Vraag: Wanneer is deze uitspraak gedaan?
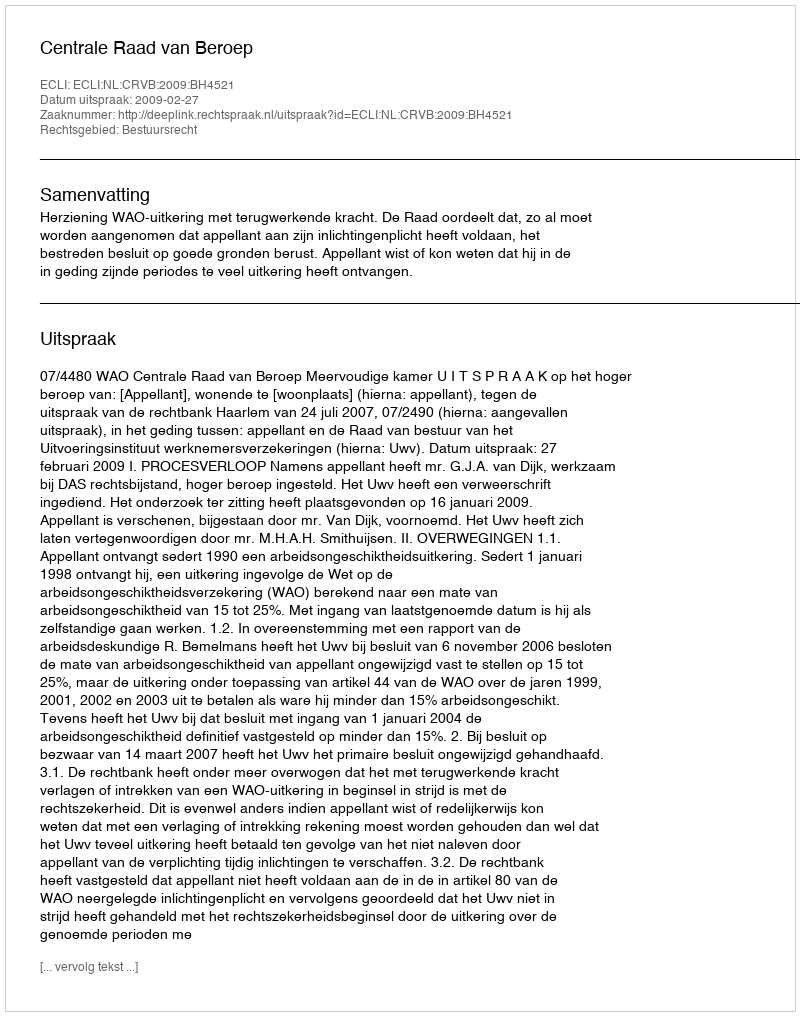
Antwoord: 2009-02-27